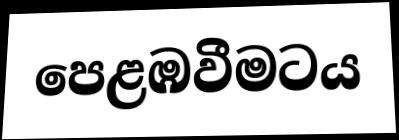
පෙළඹවීමටය